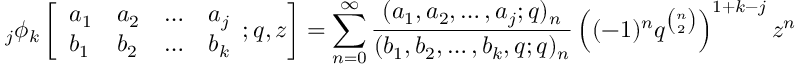
\; _ { j } \phi _ { k } \left[ { \begin{array} { l l l l } { a _ { 1 } } & { a _ { 2 } } & { \ldots } & { a _ { j } } \\ { b _ { 1 } } & { b _ { 2 } } & { \ldots } & { b _ { k } } \end{array} } ; q , z \right] = \sum _ { n = 0 } ^ { \infty } { \frac { ( a _ { 1 } , a _ { 2 } , \ldots , a _ { j } ; q ) _ { n } } { ( b _ { 1 } , b _ { 2 } , \ldots , b _ { k } , q ; q ) _ { n } } } \left( ( - 1 ) ^ { n } q ^ { \binom { n } { 2 } } \right) ^ { 1 + k - j } z ^ { n }